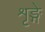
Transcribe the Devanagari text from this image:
शृङ्गे